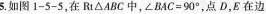
5.如图1-5-5，在Rt\triangle ABC中，\angle BAC=90^{\circ}，点D，E在边